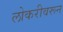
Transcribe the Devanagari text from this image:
लोकरीवरून